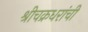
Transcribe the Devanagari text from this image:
श्रीचक्रधरांची